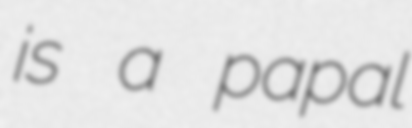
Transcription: is a papal